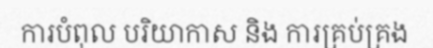
ការបំពុល បរិយាកាស និង ការគ្រប់គ្រង